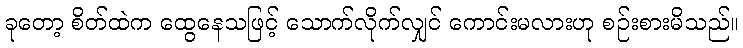
ခုတော့ စိတ်ထဲက ထွေနေသဖြင့် သောက်လိုက်လျှင် ကောင်းမလားဟု စဉ်းစားမိသည်။